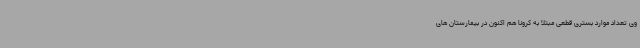
وی تعداد موارد بستری قطعی مبتلا به کرونا هم اکنون در بیمارستان های